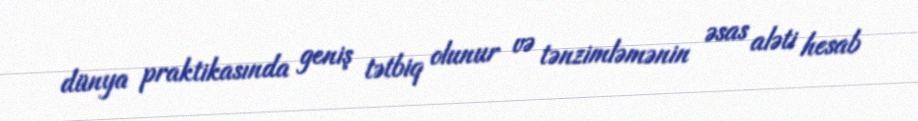
dünya praktikasında geniş tətbiq olunur və tənzimləmənin əsas aləti hesab